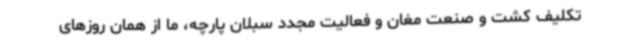
تکلیف کشت و صنعت مغان و فعالیت مجدد سبلان پارچه، ما از همان روزهای